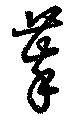
萃